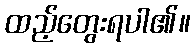
ထည့်တွေးရပါ၏။